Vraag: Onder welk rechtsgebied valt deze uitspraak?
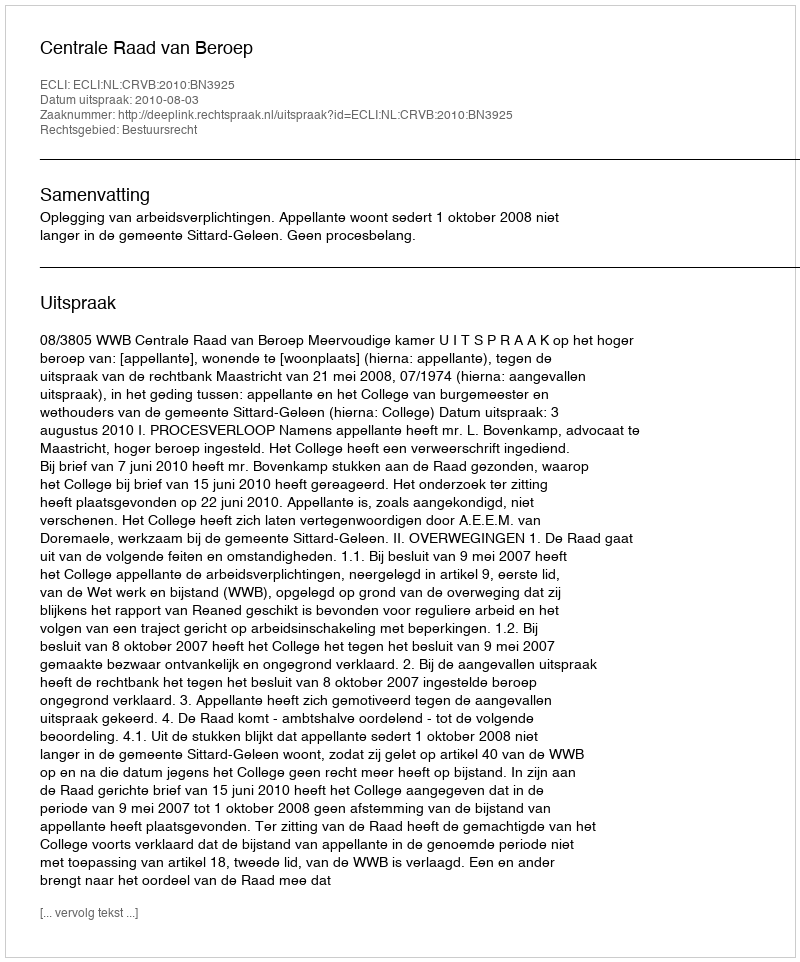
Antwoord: Bestuursrecht